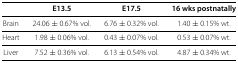
<table><thead><tr><td><b> </b></td><td><b>E13.5</b></td><td><b>E17.5</b></td><td><b>16 wks postnatally</b></td></tr></thead><tbody><tr><td>Brain</td><td>24.06±0.67% vol.</td><td>6.76±0.32% vol.</td><td>1.40±0.15% wt.</td></tr><tr><td>Heart</td><td>1.98±0.06% vol.</td><td>0.43±0.07% vol.</td><td>0.53±0.07% wt.</td></tr><tr><td>Liver</td><td>7.52±0.36% vol.</td><td>6.13±0.54% vol.</td><td>4.87±0.34% wt.</td></tr></tbody></table>